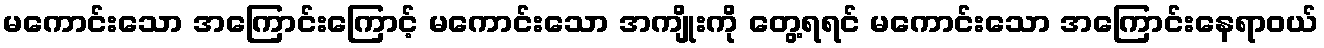
မကောင်းသော အကြောင်းကြောင့် မကောင်းသော အကျိုးကို တွေ့ရရင် မကောင်းသော အကြောင်းနေရာဝယ်